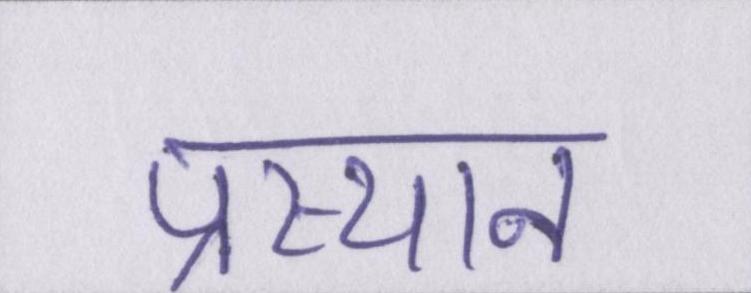
प्रस्थान